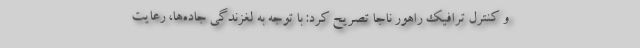
و کنترل ترافیک راهور ناجا تصریح کرد: با توجه به لغزندگی جاده‌ها، رعایت